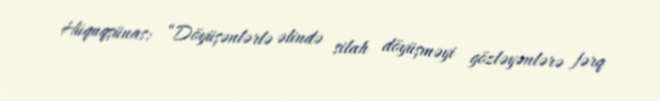
Hüquqşünas: “Döyüşənlərlə əlində silah döyüşməyi gözləyənlərə fərq